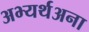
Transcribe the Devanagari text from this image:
अभ्यर्थअना